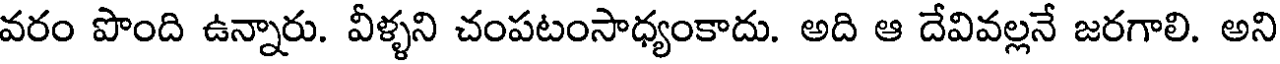
వరం పొంది ఉన్నారు. వీళ్ళని చంపటంసాధ్యంకాదు. అది ఆ దేవివల్లనే జరగాలి. అని